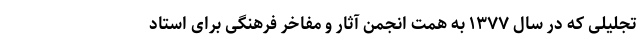
تجلیلی که در سال ۱۳۷۷ به همت انجمن آثار و مفاخر فرهنگی برای استاد